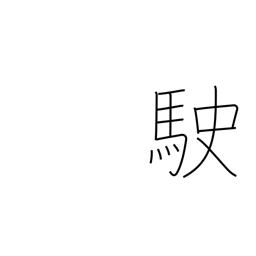
Meaning: run fast